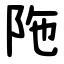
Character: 陁